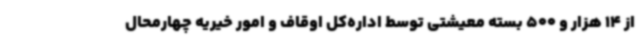
از 14 هزار و 500 بسته معیشتی توسط اداره‌کل اوقاف و امور خیریه چهارمحال